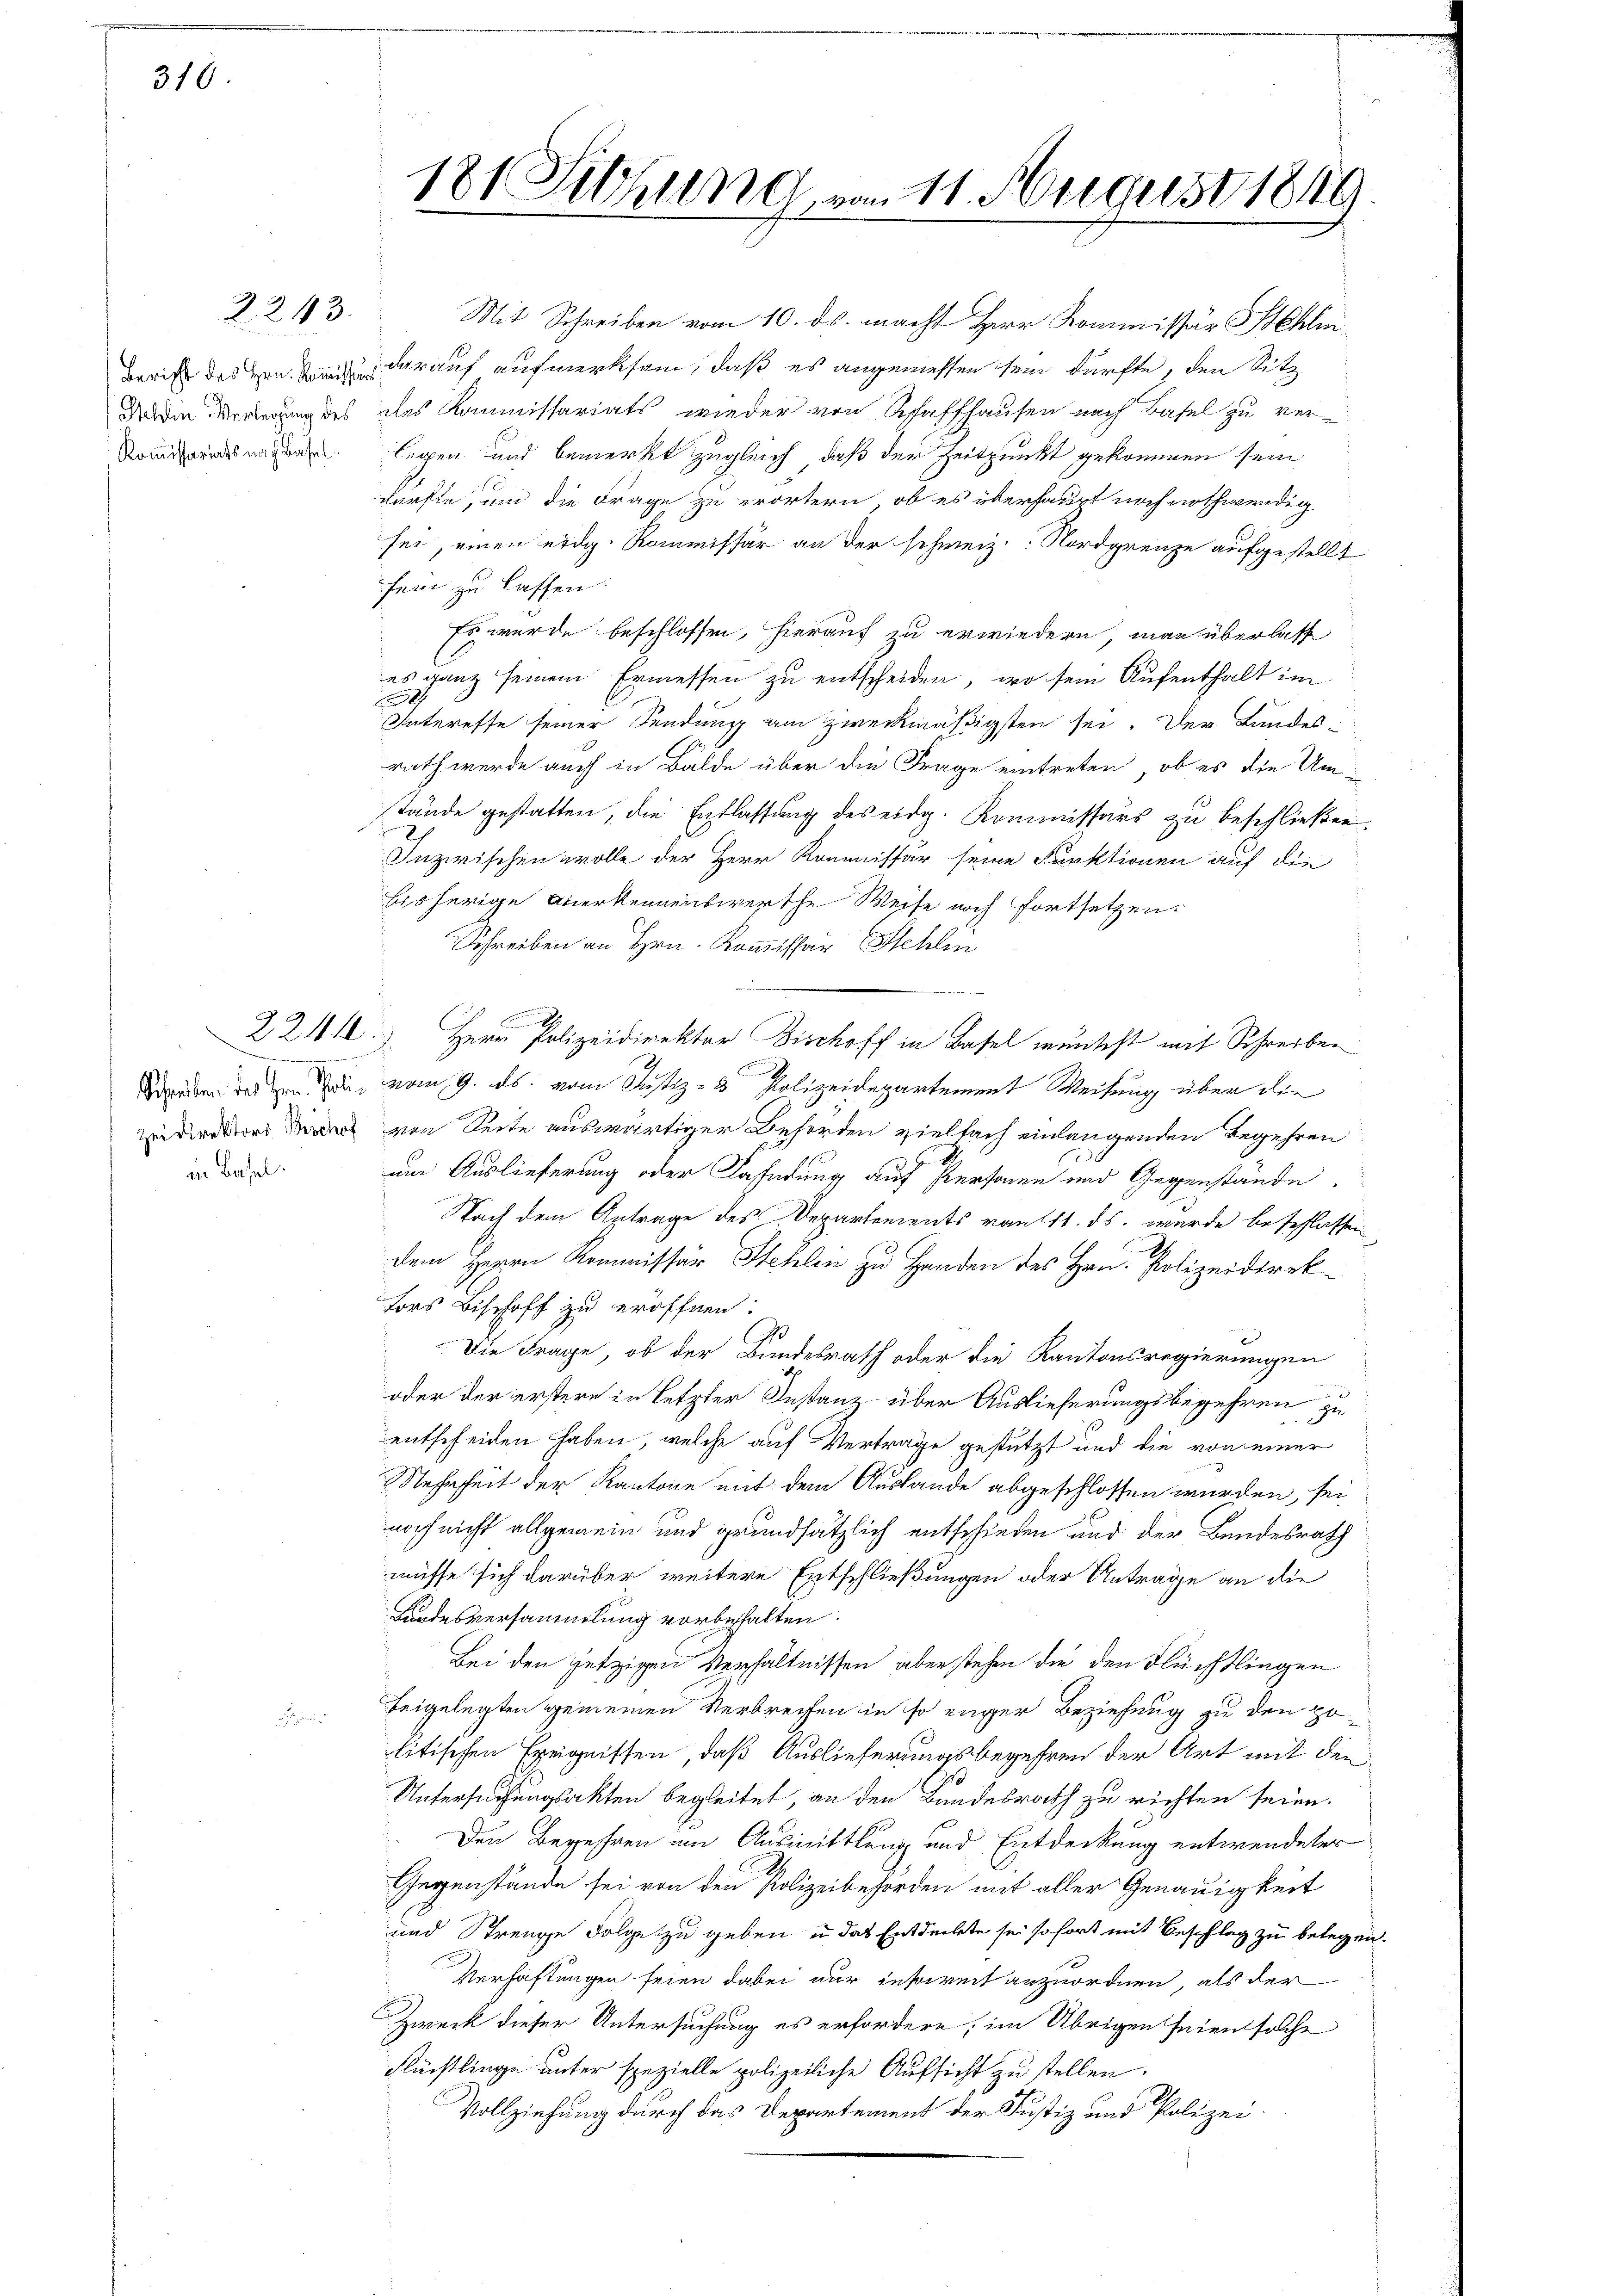
310

2243.

Bericht des Hrn. Kommisse
Ihlden Verlegung des
Kommissariats nach Basel

Schreiben des Herrn Poli¬
Zeidirektors Bröchof
in Basel.

181 Sitzung vom 11. August 1849

Mit Schreiben vom 10. ds. macht Herr Kommissär Schlin
darauf aufmerksam, daß es angemessen sein dürfte, den Sitz
des Kommissariats wieder von Schaffhausen nach Basel zu ver-
legen und bemerkt zugleich, daß der Zeitpunkt gekommen sein
dürfte, um die Frage zu erörtern, ob es überhaupt noch nothwendig
sei, einen eidg. Kommissär an der schweiz. Nordgrenze aufgestellt
fene zu lassen.
Es wurde beschlossen, hierauf zu erwiedern, man überlass
es ganz seinem Ermessen zu entscheiden, wo sein Aufenthalt im
F
Interesse seiner Sendung am zweckmäßigsten sei. Der Bundesrath werde auch in Bälde über die Frage eintreten, ob es die Umstände gestatten, die Entlassung des eidg. Kommissärs zu beschließen.
Inzwischen wolle der Herr Kommissär seine Funktionen auf die
bisherige Anerkennenswerthe Weise noch fortsetzen.
Schreiben an Hrn. Kommissar Stehlin
e
221. Herr Polizeidirektor Bischoff in Basel mentest mit Schreiben
vom 9. ds. vom Justiz- & Polizeidepartement Weisung über die
von Seite auswärtiger Behörden vielfach einlangenden Begehren
um Auslieferung oder Casserung auf Personen und Gegenstände.
Nach dem Antrage des Departements vom 11. ds. wurde beschlassen
dem Herrn Kommissär Hehlen zu Handen des Hrn. Polizeidirektors Bischoff zu eröffnen.
J
Die Frage, ob der Bundesrath oder die Kantonsregierungen
oder der erstere in letzter Instanz über Auslieferungsbegehren zu
entscheiden haben, welche auf Vertrage gestützt und die von einer
Mehrheit der Kantone mit dem Auslande abgeschlossen wurden, sei
noch nicht allgemein und grundsätzlich entschieden und der Bundesrath
müsse sich darüber weitere Entschließungen oder Antrage an die
Landesversammlung vorbehalten.
Bei den jetzigen Verhältnissen aberstehen die den Flüchtlingen
beigelegten gemeinen Verbrechen in so eiger Beziehung zu den Hölitischen Ereignissen, daß Auslieferungsbegehren der Art mit den
Untersuchungsakten begleitet, an den Bundesrath zu richten seien.
¬
Den Begehren in Ausmittlung und Entdeckung entwendeter
Gegenstände sei von den Polizeibehörden mit aller Genauigkeit
und Strenge Folge zu geben u das Entdeckte sei sofort mit Beschlag zu belegen.
Verhaftungen seien dabei nur insoweit anzuordnen, als der
Zweck dieser Untersuchung es erfordern, im Übrigen seien solche
Rüchtlinge unter spezielle polizeiliche Aufsicht zu stellen.
Vollziehung durch das Departement der Justiz und Polizei.